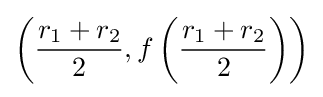
\left({\frac {r_{1}+r_{2}}{2}},f\left({\frac {r_{1}+r_{2}}{2}}\right)\right)